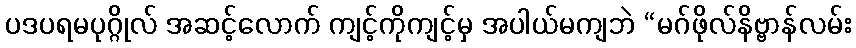
ပဒပရမပုဂ္ဂိုလ် အဆင့်လောက် ကျင့်ကိုကျင့်မှ အပါယ်မကျဘဲ “မဂ်ဖိုလ်နိဗ္ဗာန်လမ်း